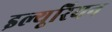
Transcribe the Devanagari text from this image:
इल्यूरियन